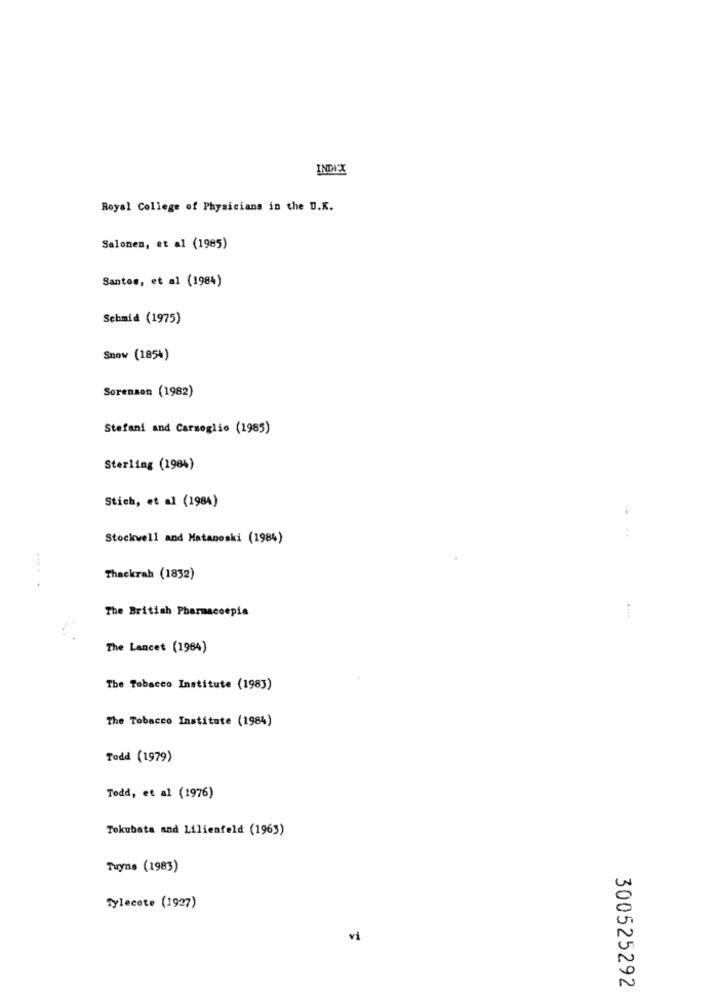
INDI'X
Royal College of Physicians in the D.K.
Salonen, et al (1985)
Santos, et al (1984)
Schmid (1975)
Snow (1854)
Sorenson (1982)
Stefani and Carmeglio (1985)
Sterling (1984)
Stich, et al (1984)
Stockwell and Matanoski (1984)
Thackrah (1832)
The British Pharmacoepia
The Lancet (1984)
The Tobacco Institute (1983)
The Tobacco Institute (1984)
Todd (1979)
Todd, et al (1976)
Tokubata and Lilienfeld (1963)
Tuyne (1983)
LN
Tylecote (1927)
vi
N
300525292